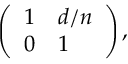
\left( \begin{array} { l l } { 1 } & { d / n } \\ { 0 } & { 1 } \end{array} \right) ,